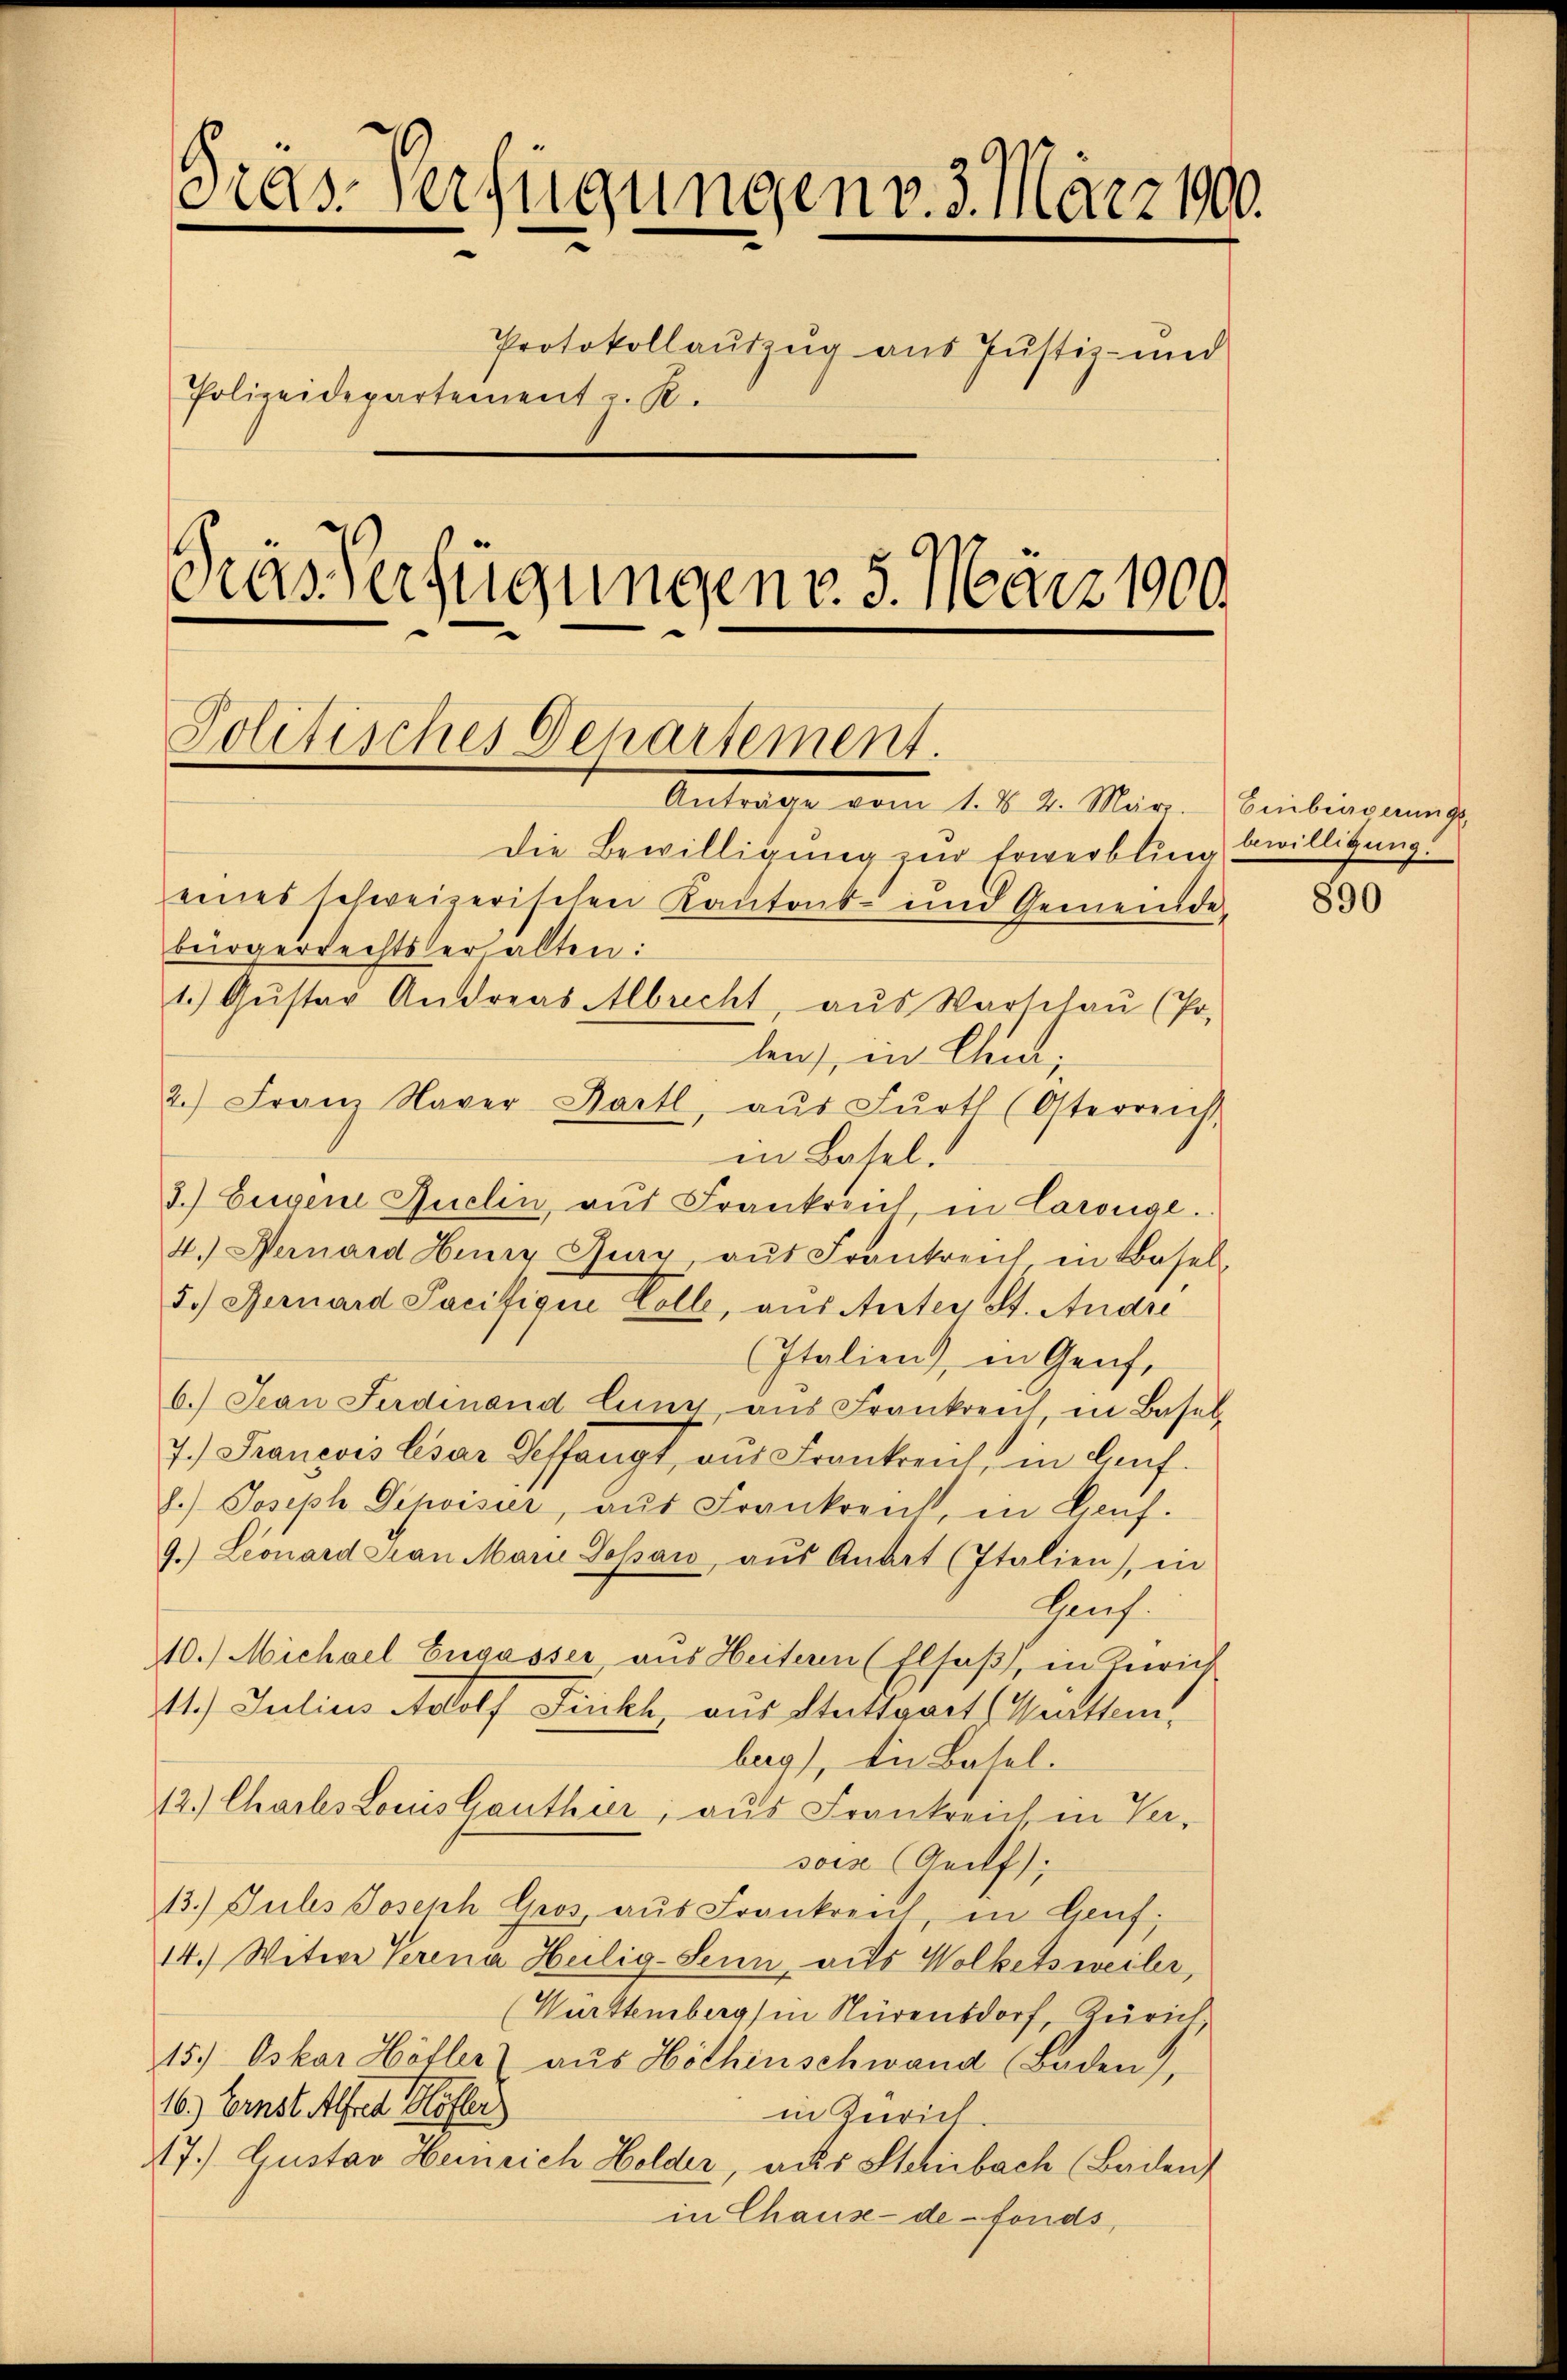
Pras-Verfügungen v. 3. März 1900.
Protokollauszug aus Justiz- und
Polizeidepartement z. R.
Gras Verfügungen v. 5. März 1900.

Politisches Departement.
Anträge vom 1. d. 2. März. Einbinderungs

Die Bewilligung zur Erwerbling bewilligung.
eines schweizerischen Kantons- und Gemeinde,
bürgerrechtsher alten:
1.) Gŭster Andreas Albrecht, aŭs Warschaŭ (Po
len), in Chm;
2.) Franz Naver Bartl, aŭs Fŭrt (Osterreich,
in Basel.
3.) Eigene Quelin, aus Frankreich in Carongl.
4.) Pernard Herrn Jury, aŭs Frankreich in Basel,
5.) Bernard Sacifigue Colle, aus Anter St. Andre
(Italien, in Genf,
6.) Jean Ferdinand lung ans Frankreich in Basel
7.) Francois leser Seffangt, aus Frankreich, in Lauf.
8.) Joseph Dipoisier, aus Frankreut, in Genf.
9.) Leonard San Marie Gossar, aŭs Antrat (Italien), in
Henf.
40.) Michael Cugasser aus Heiteren (Elsaß, in Zürich
11.) Julius Adolf Finkh, aus Stattgart (Mitten,
burg), die Basel.
12.) Charls Louis Ganthier, aus Frankreich in Ver-
sois (Grilf);
13.) Jubes Joseph Gros, aus Frankreich in Genf;
14.) Witwe Verena Heilig-Senn, aus Volketsweiler,
(Württemberg) in Nürensdorf, Zürich,
15.) Oskar Höfler aus Höthenschwand Baden),
16.) Ernst Alfred Höfler
in Zürich.
47.) Gustav Heinrich Holder, aus Steinbach (Baden
in Chause de fonds,

890